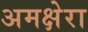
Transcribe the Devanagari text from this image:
अमक्षेरा